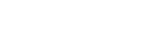
٨